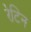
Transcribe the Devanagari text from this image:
रेटिन